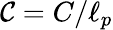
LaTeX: \mathcal{C}=C/\ell_{p}